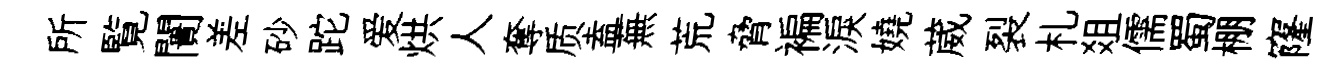
所覧闠差砂跎爱烘人奪质盍蕪荒脅褊淚嬈葳裂札爼儒蜀棚窿